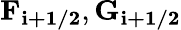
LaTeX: \mathbf{F_{i+1/2}},\mathbf{G_{i+1/2}}